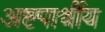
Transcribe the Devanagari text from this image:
अष्टपार्श्वीय